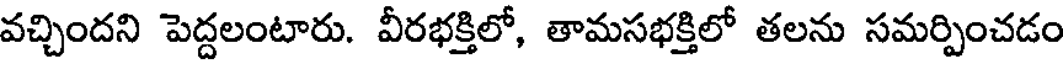
వచ్చిందని పెద్దలంటారు. వీరభక్తిలో, తామసభక్తిలో తలను సమర్పించడం